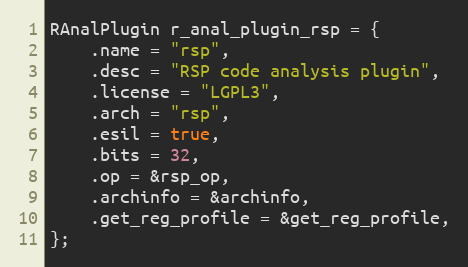
Language: C
RAnalPlugin r_anal_plugin_rsp = {
	.name = "rsp",
	.desc = "RSP code analysis plugin",
	.license = "LGPL3",
	.arch = "rsp",
	.esil = true,
	.bits = 32,
	.op = &rsp_op,
	.archinfo = &archinfo,
	.get_reg_profile = &get_reg_profile,
};